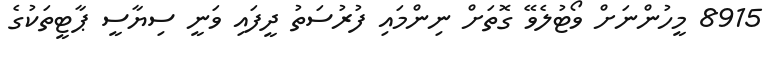
8915 މީހުންނަށް ވޯޓުލެވޭ ގޮތަށް ނިންމައި ފުރުސަތު ދީފައި ވަނީ ސިޔާސީ ޕާޓީތަކުގެ